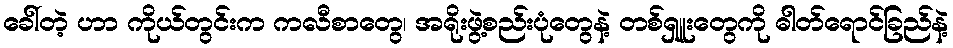
ခေါ်တဲ့ ဟာ ကိုယ်တွင်းက ကလီစာတွေ၊ အရိုးဖွဲ့စည်းပုံတွေနဲ့ တစ်ရှူးတွေကို ဓါတ်ရောင်ခြည်နဲ့